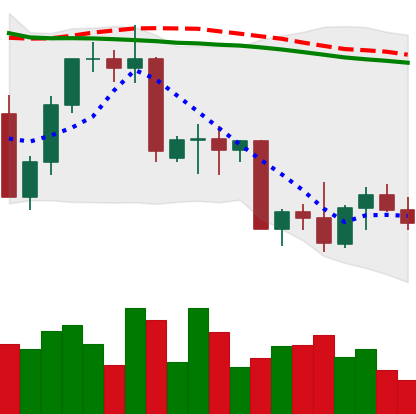
Ticker: NEO-USD
Chart end date: 2022-09-25
Forward return: 6.653%
Label: up_5_7